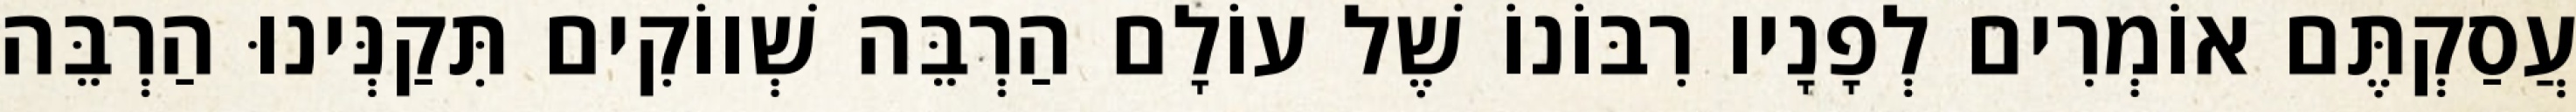
עֲסַקְתֶּם אוֹמְרִים לְפָנָיו רִבּוֹנוֹ שֶׁל עוֹלָם הַרְבֵּה שְׁווֹקִים תִּקַנְּינוּ הַרְבֵּה